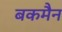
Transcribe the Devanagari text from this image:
बकमैन